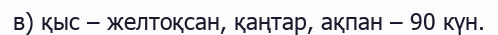
в) қыс – желтоқсан, қаңтар, ақпан – 90 күн.